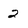
Character: 2